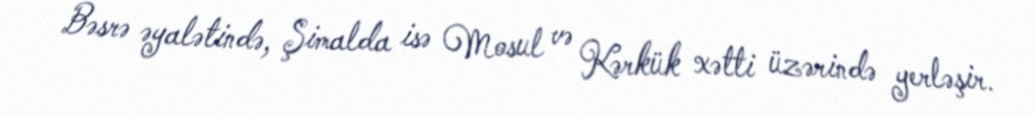
Bəsrə əyalətində, Şimalda isə Mosul və Kərkük xətti üzərində yerləşir.